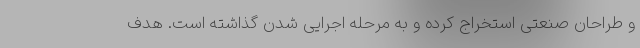
و طراحان صنعتی استخراج کرده و به مرحله اجرایی شدن گذاشته است. هدف